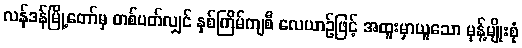
လန်ဒန်မြို့တော်မှ တစ်ပတ်လျှင် နှစ်ကြိမ်ကျစီ လေယာဉ်ဖြင့် အထူးမှာယူသော မုန့်မျိုးစုံ